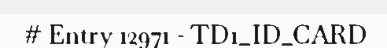
# Entry 12971 - TD1_ID_CARD